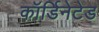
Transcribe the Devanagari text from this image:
कॉर्डिनेटेड